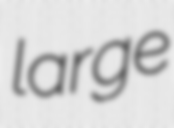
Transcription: large